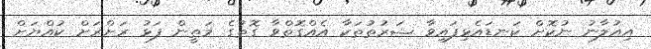
އިއުލާނު ނުކޮށް ކަނޑައެޅިފައިވާ ޝަރުތުތަކާ އެއްގޮތްވާ ގޮތުގެ މަތީން ފަޅު ރަށްރަށް ކުއްޔަށް